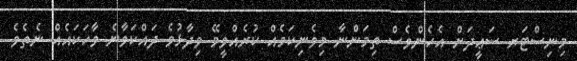
މިނިސްޓަރ ސަޢީދަށް އެހެންވެސް ތިމަންނާ މިވެނިކަމެއް ކުރެއްވީމޭ ވިދާޅުވެ ދައްކަވާނެ ވާހަކައެއް ނެތެވެ.